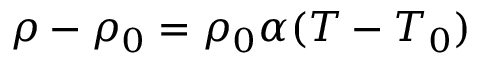
\rho - \rho _ { 0 } = \rho _ { 0 } \alpha ( T - T _ { 0 } )